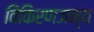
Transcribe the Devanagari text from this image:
विकिरणजन्य